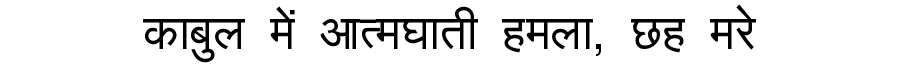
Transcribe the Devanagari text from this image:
काबुल में आत्मघाती हमला, छह मरे